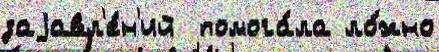
заjавл'е́н'ий  помога́ла ло́жно